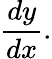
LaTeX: {\frac{dy}{dx}}.